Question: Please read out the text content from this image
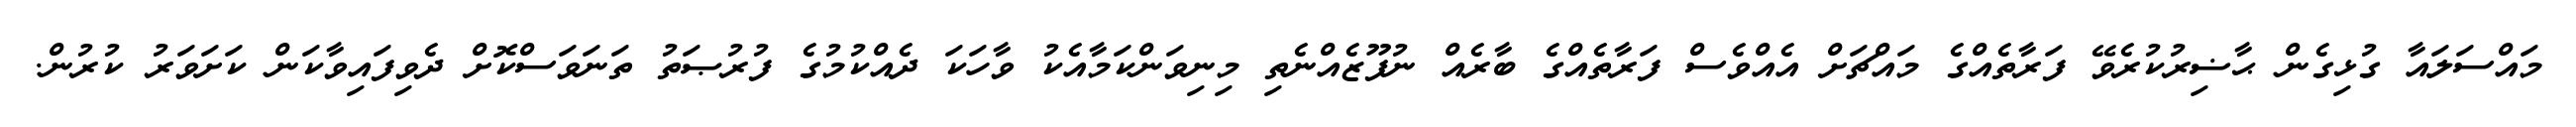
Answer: މައްސަލައާ ގުޅިގެން ޙާޟިރުކުރެވޭ ފަރާތެއްގެ މައްޗަށް އެއްވެސް ފަރާތެއްގެ ބާރެއް ނުފޫޒެއްނެތި މިނިވަންކަމާއެކު ވާހަކަ ދެއްކުމުގެ ފުރުޞަތު ތަނަވަސްކޮށް ދެވިފައިވާކަން ކަށަވަރު ކުރުން.